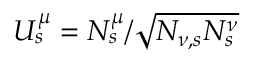
U _ { s } ^ { \mu } = N _ { s } ^ { \mu } / \sqrt { N _ { \nu , s } N _ { s } ^ { \nu } }